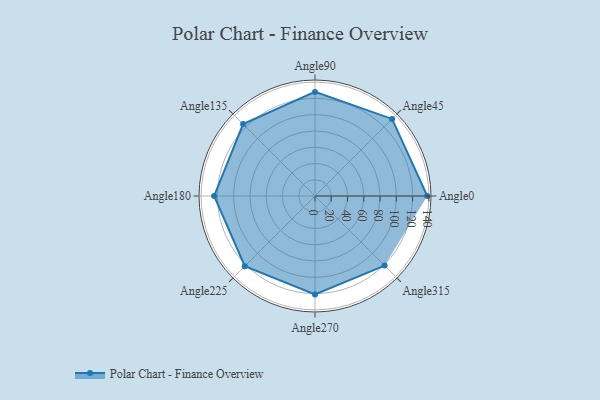
{"axis": {"x": "Angle", "y": "Radius"}, "legend": [""], "data": [{"x": "Angle0", "y": 138.0, "type": ""}, {"x": "Angle45", "y": 134.0, "type": ""}, {"x": "Angle90", "y": 128.0, "type": ""}, {"x": "Angle135", "y": 125.0, "type": ""}, {"x": "Angle180", "y": 124.0, "type": ""}, {"x": "Angle225", "y": 122.0, "type": ""}, {"x": "Angle270", "y": 121.0, "type": ""}, {"x": "Angle315", "y": 121.0, "type": ""}]}